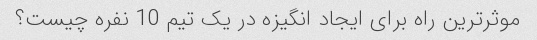
موثرترین راه برای ایجاد انگیزه در یک تیم 10 نفره چیست؟